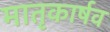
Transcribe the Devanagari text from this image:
मातृकार्षव